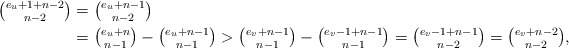
\begin{align*}\textstyle{\binom{e_u+1+n-2}{n-2}} & = \textstyle{\binom{e_u+n-1}{n-2}} \\& = \textstyle{\binom{e_u+n}{n-1}-\binom{e_u+n-1}{n-1}>\binom{e_v+n-1}{n-1}-\binom{e_v-1+n-1}{n-1}=\binom{e_v-1+n-1}{n-2}=\binom{e_v+n-2}{n-2},}\end{align*}